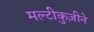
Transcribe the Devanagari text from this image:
मल्टीकुज़ीने